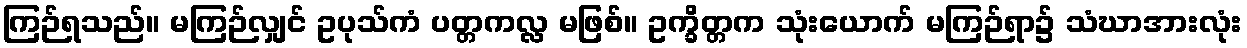
ကြဉ်ရသည်။ မကြဉ်လျှင် ဥပုသ်ကံ ပတ္တကလ္လ မဖြစ်။ ဥက္ခိတ္တက သုံးယောက် မကြဉ်ရာ၌ သံဃာအားလုံး